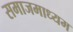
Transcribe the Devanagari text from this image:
समाजमाध्यम